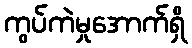
ကွပ်ကဲမှုအောက်ရှိ